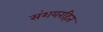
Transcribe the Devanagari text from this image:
संशयरहित